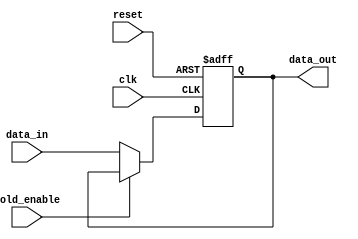
module hold_condition (
    input wire clk,               // Clock signal
    input wire reset,             // Reset signal
    input wire hold_enable,       // Hold enable signal
    input wire [7:0] data_in,     // Data input signal (8-bit wide)
    output reg [7:0] data_out     // Output signal (8-bit wide)
);

    // Define the default value for data_out on reset
    parameter DEFAULT_VALUE = 8'b00000000;

    always @(posedge clk or posedge reset) begin
        if (reset) begin
            // On reset, set data_out to the default value
            data_out <= DEFAULT_VALUE;
        end else if (!hold_enable) begin
            // If hold_enable is deasserted, update data_out with data_in
            data_out <= data_in;
        end
        // If hold_enable is asserted, data_out retains its previous value
    end

endmodule